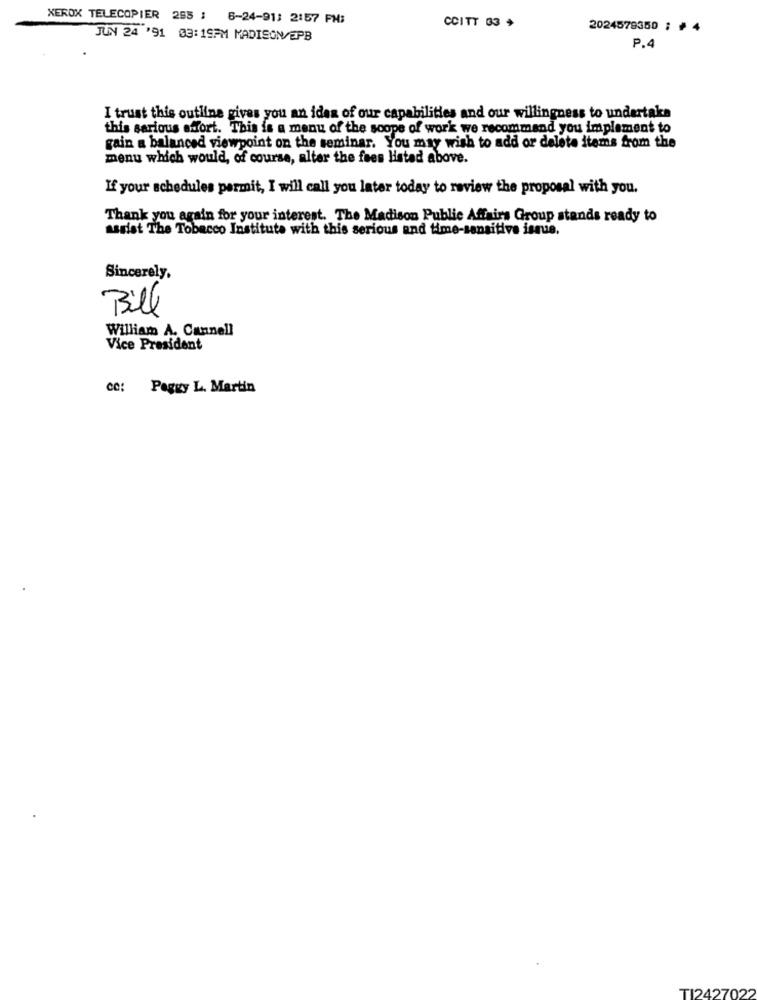
XEROX TELECOPIER 255 ; 6-24-913 2:57 PM:
CCITT 03 +
2024579350 ; #4
JUN 24 '91 03:19PM MADISON/EPB
P.4
I trust this outline gives you an idea of our capabilities and our willingness to undertake
this serious effort. This is a menu of the scope of work we recommend you implement to
gain a balanced viewpoint on the seminar. You may wish to add or delete items from the
menu which would, of course, alter the fees listed above.
If your schedules permit, I will call you later today to review the proposal with you.
Thank you again for your interest. The Madison Public Affairs Group stands ready to
assist The Tobacco Institute with this serious and time-sensitive isque.
Sincerely,
Bill
William A. Cannell
Vice President
cc:
Peggy L. Martin
TI2427022